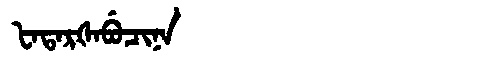
Manchu: ᡶᠠᡨᠠᡵᡧᠠᠪᡠᠴᡳᠨᠠ
Romanization: FATARŠABUCINA